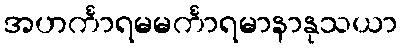
အဟင်္ကာရမမင်္ကာရမာနာနုသယာ